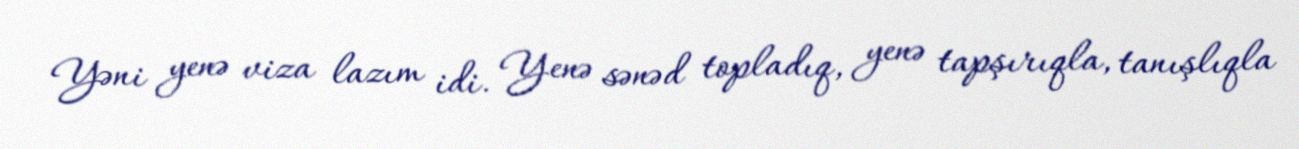
Yəni yenə viza lazım idi. Yenə sənəd topladıq, yenə tapşırıqla, tanışlıqla